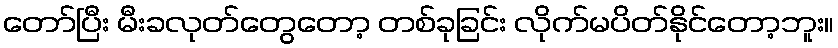
တော်ပြီး မီးခလုတ်တွေတော့ တစ်ခုခြင်း လိုက်မပိတ်နိုင်တော့ဘူး။